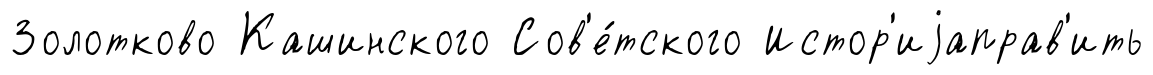
Золотково Кашинского Сов'е́тского Истор'иjаправ'ить